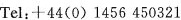
Tel:+44(0)1456 450321